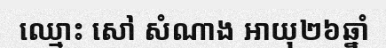
ឈ្មោះ សៅ សំណាង អាយុ២៦ឆ្នាំ